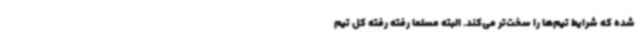
شده که شرایط تیم‌ها را سخت‌تر می‌کند. البته مسلما رفته رفته کل تیم